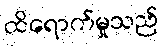
ထိရောက်မှုသည်